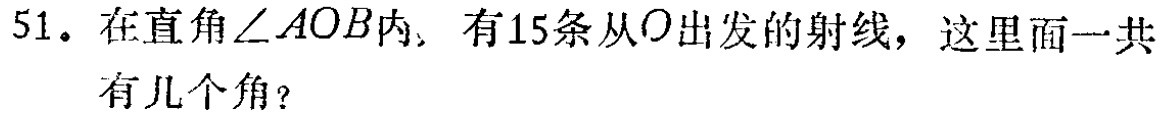
51. 在直角$\angle AOB$内，有15条从$O$出发的射线，这里面一共有几个角？